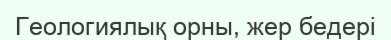
Геологиялық орны, жер бедері